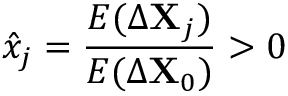
\hat { x } _ { j } = \frac { E ( \Delta \mathbf { X } _ { j } ) } { E ( \Delta \mathbf { X } _ { 0 } ) } > 0